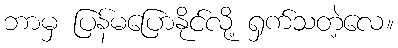
ဘာမှ ပြန်မပြောနိုင်လို့ ရှက်သတဲ့လေ။